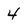
Character: 4